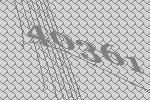
40361